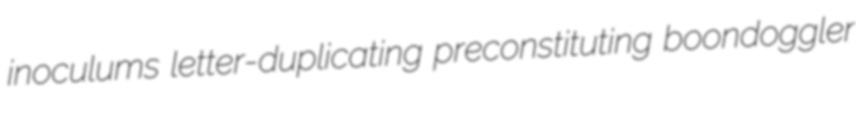
inoculums letter-duplicating preconstituting boondoggler